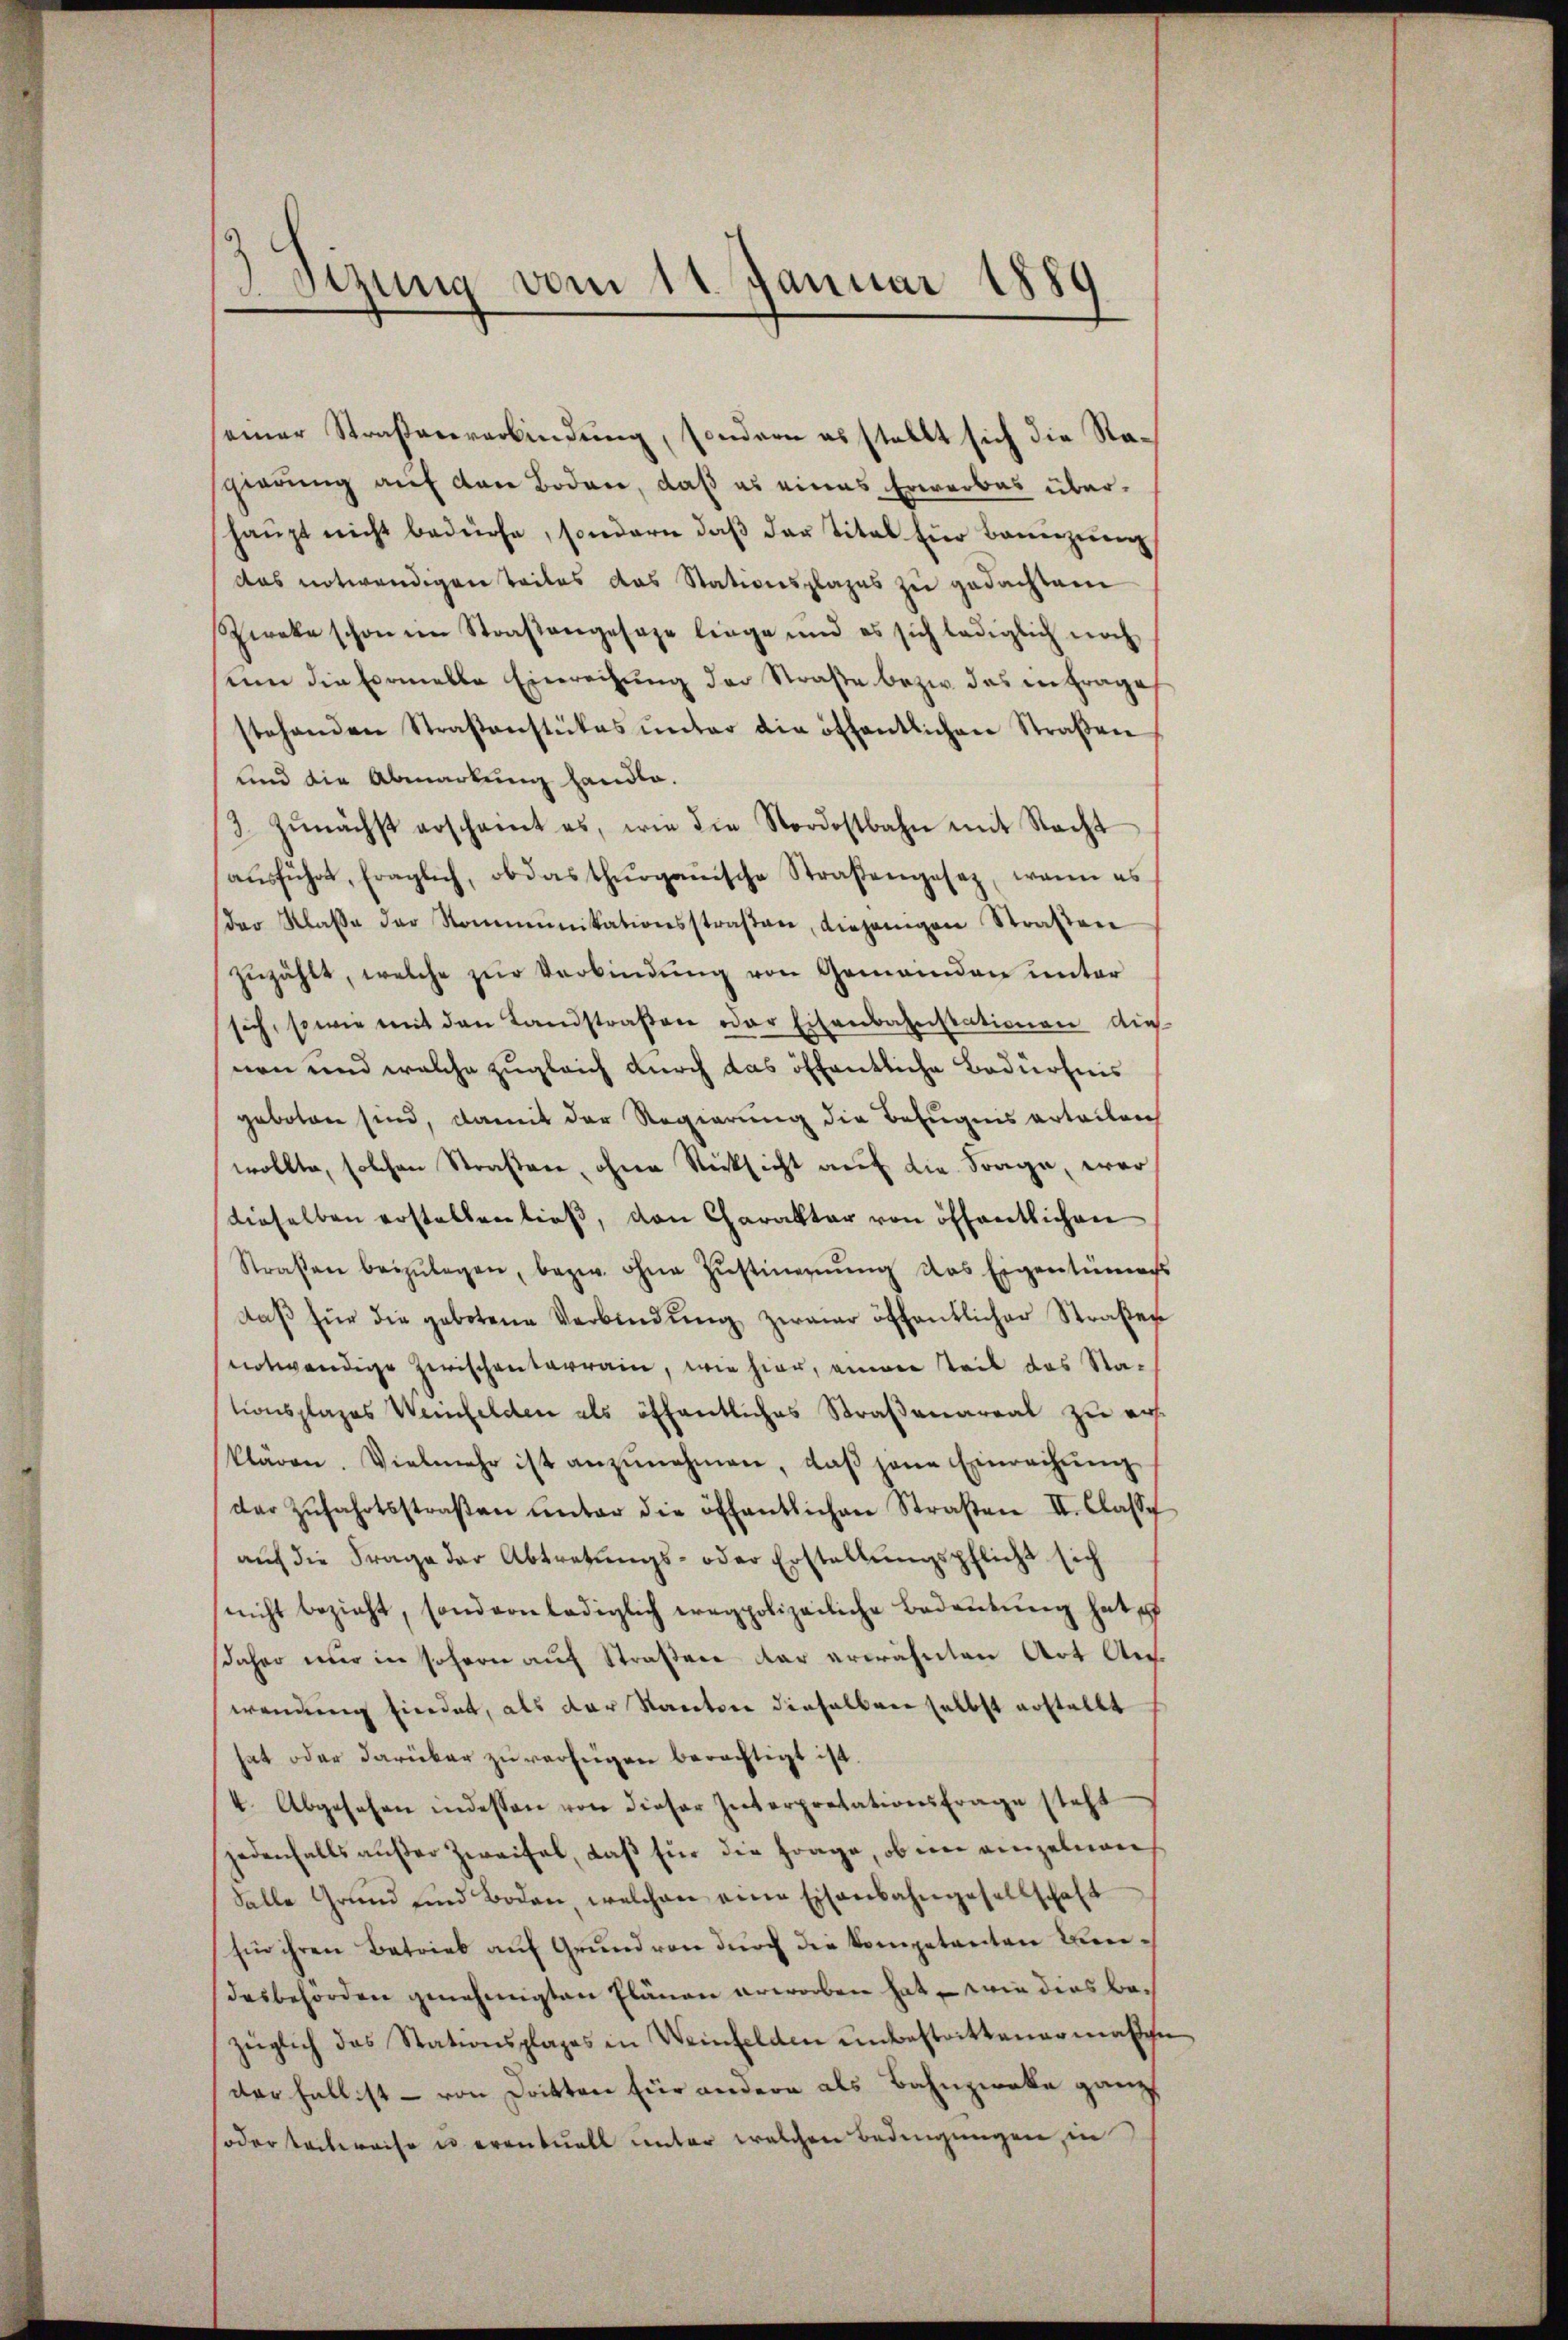
Setzung vom 11. Januar 1881

seiner Straßenverbindung, sondern es stellt sich die Nasgierung auf den Boden, daß es eines Erwerbes überhaŭpt nicht bedürfe, sondern daβ das Titel für Baueizŭng
das notwendigen Teiles das Stationsplazes zu gedachtene
Zieke schon im Straßengesage liege und es sich lediglich noch
um die Ermelle Einreihung der Straße bezw. das anfrage
stehenden Straßenstükes ŭnter die öffentlichen Straβen
und die Abmarkung handle.
3 zŭnächst erscheint es, wie die Nordostbahn mit Nacht
aŭsführt, fraglich, ob das thurganische Straßengesetz, wenn es
der Klaβe der Kommunikationsstraβen, diejenigen Straßen
zŭzählt, welche zŭr Verbindŭng von Gemeinden unter
sich, sowie mit den Landstraßen oder Eisenbahnstationen dies
nen und welche zugleich durch das öffentliche Bedürfnis
geboten sind, damit der Regierung die Befugnis erteilen
wollte, solchen Straßen, ohne Rücksicht auf die Frage, wer
dieselben erstellen ließ, von Charakter von öffentlichen
Straßen beizŭlegen, bezw. ohne Zŭstimmung das Eigentümers
daβ für die gebotene Verbindŭng zweier öffentlicher Straßen
notwendige Zwischenterrain, wie hier, einer Teil das Stationsplages Weinfelden als öffentliches Straßenareal zu ers
klären. Vielmehr ist anzŭnehmen, daβ jene Einrechŭng
der Zŭfahrtsstraβen ŭnter die öffentlichen Straβen II. Classe
aŭf die Frage der Abtretŭngs- oder Erstellŭngspflicht sich
nicht bezieht, sondern lediglich eregpolizeiliche Bedeŭtŭng hat e
daher nur in sofern auf Straßen dar erwähnten Art Aufwendung findet, als der Kanton dieselben selbst erstellt
hat oder darüber zu verfügen berechtigt ist.
4. Abgesehen indessen von dieser Interpretationsfrage steht
jedenfalls außer Zweifel, daß für die Frage, ob in einzelnen
Salle Grŭnd und Boden, welchen eine Eisenbahngesellschaft
fin ihren Betrieb aŭf Grŭnd von dŭrch die kompetenten Bundesbehörden genehmigten Plänen erworben hat, wie dies bezüglich das Stationsplages in Weinfelden unbestrittenermaßen
der halt ist – von Dritten für andere als Bahnzwote ganz
soder beibereise es eventuell unter welchen Bedingungen, in

2